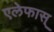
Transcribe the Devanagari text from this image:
एलेफास्